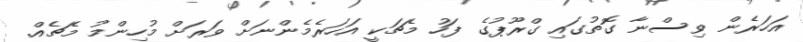
އަހަރެން ވިސްނާ ގޮތުގައި ގްރޫޕުގެ ފަހު މެޗަކީ އަހަރެމެންނަށް ވަރަށް މުހިންމު މެޗެއް.